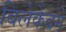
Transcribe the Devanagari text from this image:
बिलेकेदगे